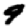
Digit: 9